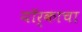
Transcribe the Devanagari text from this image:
यॉर्काचा